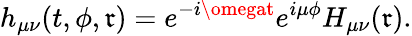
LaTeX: h_{\mu\nu}(t,\phi,\mathfrak{r})=e^{-i\omegat}e^{i\mu\phi}H_{\mu\nu}(\mathfrak{r}).